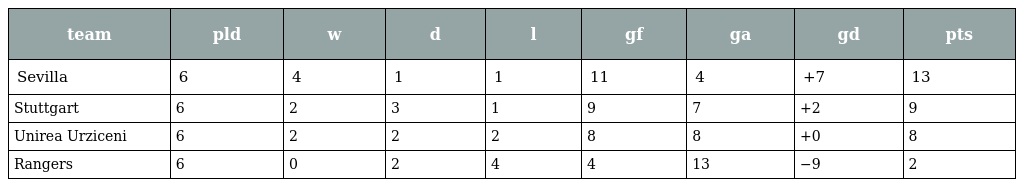
| team | pld | w | d | l | gf | ga | gd | pts |
 | --- | --- | --- | --- | --- | --- | --- | --- | --- |
 | Sevilla | 6 | 4 | 1 | 1 | 11 | 4 | +7 | 13 |
 | Stuttgart | 6 | 2 | 3 | 1 | 9 | 7 | +2 | 9 |
 | Unirea Urziceni | 6 | 2 | 2 | 2 | 8 | 8 | +0 | 8 |
 | Rangers | 6 | 0 | 2 | 4 | 4 | 13 | −9 | 2 |